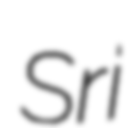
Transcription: Sri